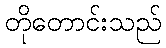
တိုတောင်းသည်